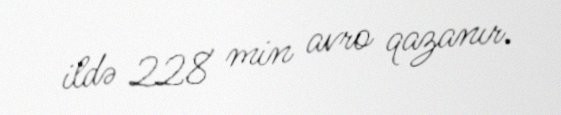
ildə 228 min avro qazanır.